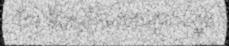
វីល នឹងត្រៀមលេចវត្តមានក្នុង